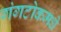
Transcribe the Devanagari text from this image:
गंगटोकमधे